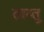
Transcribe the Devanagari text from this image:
ताय्तू